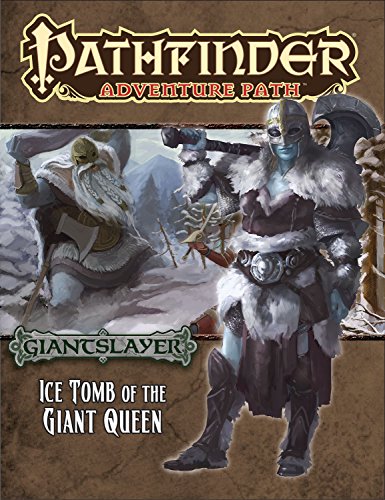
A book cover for Pathfinder Adventure Path: Giantslayer Part 4 - Ice Tomb of the Giant Queen; Jim Groves; Science Fiction & Fantasy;